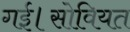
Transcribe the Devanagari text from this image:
गई।सोवियत